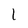
Character: l